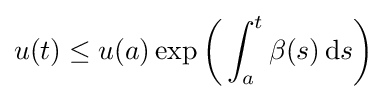
u(t)\leq u(a)\exp {\biggl (}\int _{a}^{t}\beta (s)\,\mathrm {d} s{\biggr )}